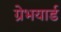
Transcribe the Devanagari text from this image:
ग्रेभयार्ड